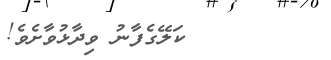
٤٨        ކަލޭގެފާނު ވިދާޅުވާށެވެ!